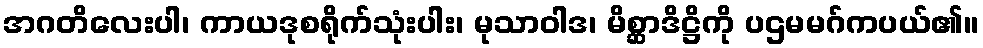
အဂတိလေးပါ၊ ကာယဒုစရိုက်သုံးပါး၊ မုသာဝါဒ၊ မိစ္ဆာဒိဋ္ဌိကို ပဌမမဂ်ကပယ်၏။